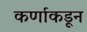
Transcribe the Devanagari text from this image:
कर्णाकडून